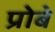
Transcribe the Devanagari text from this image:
प्रोबे